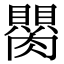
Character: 𦢆